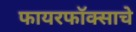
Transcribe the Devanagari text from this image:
फायरफॉक्साचे